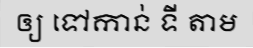
ឲ្យ ទៅកាន់ ទី តាម